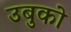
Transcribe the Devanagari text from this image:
उबुको